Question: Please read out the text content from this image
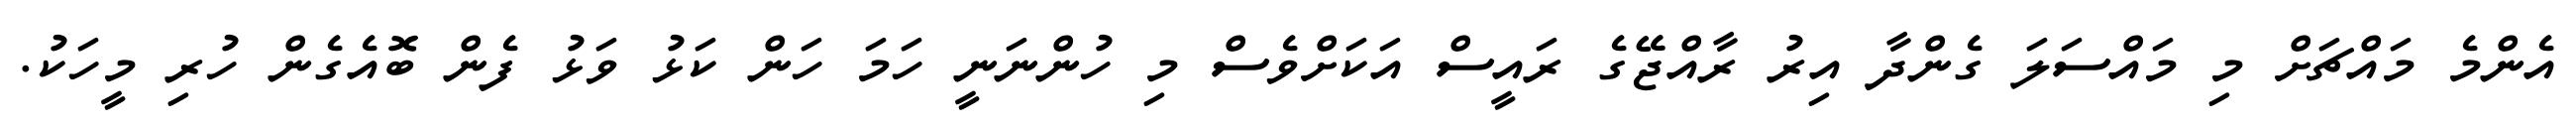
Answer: އެންމެ މައްޗަށް މި މައްސަލަ ގެންދާ އިރު ރާއްޖޭގެ ރައީސް އަކަށްވެސް މި ހުންނަނީ ހަމަ ހަން ކަޅު ވަޅު ފެން ބޮއެގެން ހުރި މީހަކު.